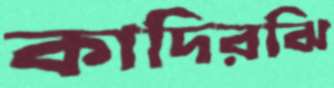
কাদিরঝি